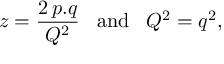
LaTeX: z = \frac { 2 \, p . q } { Q ^ { 2 } } \, \, \, \, \, \mathrm { a n d } \, \, \, \, \, Q ^ { 2 } = q ^ { 2 } ,